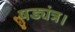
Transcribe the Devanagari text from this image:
षड्यंत्र।